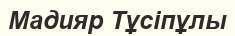
Мадияр Тұсіпұлы